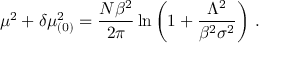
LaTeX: \mu ^ { 2 } + \delta \mu _ { ( 0 ) } ^ { 2 } = \frac { N \beta ^ { 2 } } { 2 \pi } \ln \left( 1 + \frac { \Lambda ^ { 2 } } { \beta ^ { 2 } \sigma ^ { 2 } } \right) \, .